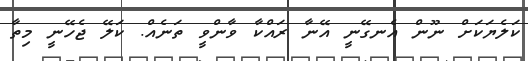
ކަލެޔަކަށް ނޫން އެނގޭނީ އޭނާ ރައްކާ ވާންވީ ތަނެއް. ކަލޭ ޖެހޭނީ މިތާ